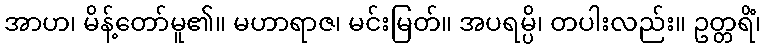
အာဟ၊ မိန့်တော်မူ၏။ မဟာရာဇ၊ မင်းမြတ်။ အပရမ္ပိ၊ တပါးလည်း။ ဥတ္တရိံ၊